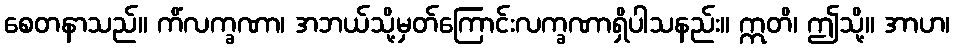
စေတနာသည်။ ကိံလက္ခဏာ၊ အဘယ်သို့မှတ်ကြောင်းလက္ခဏာရှိပါသနည်း။ ဣတိ၊ ဤသို့။ အာဟ၊